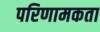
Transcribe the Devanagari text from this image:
परिणामकता